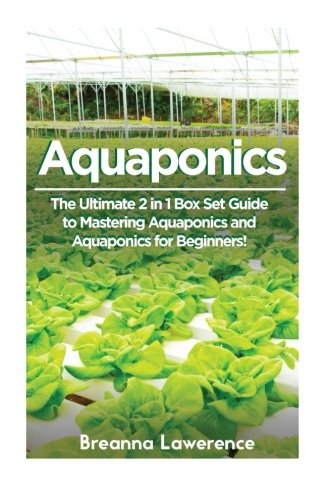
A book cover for Aquaponics: The Ultimate 2 in 1 Guide to Mastering Aquaponics and Aquaponics for Beginners! (Aquaponics - Aquaponics for Beginners - Aquaponics Gardening - Aquaponic Farming); Breanna Lawerence; Crafts, Hobbies & Home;